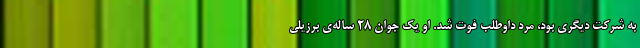
به شرکت دیگری بود، مَرد داوطلب فوت شد. او یک جوان ۲۸ ساله‌ی برزیلی